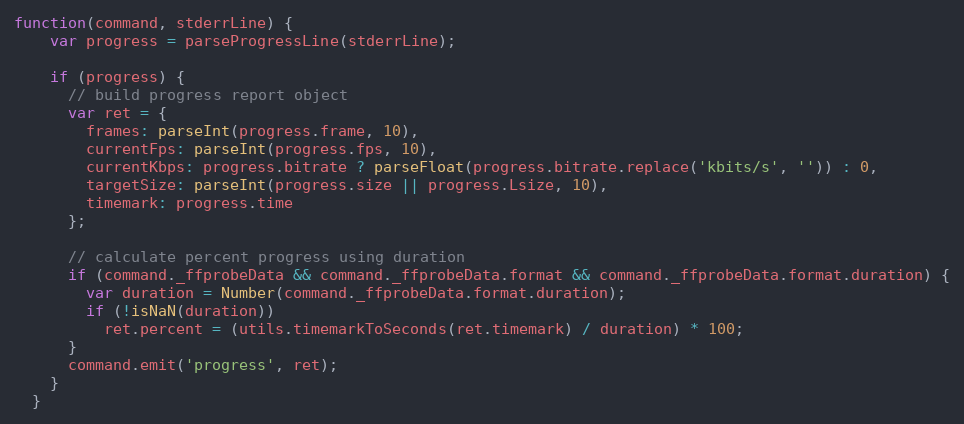
Language: JavaScript
function(command, stderrLine) {
    var progress = parseProgressLine(stderrLine);

    if (progress) {
      // build progress report object
      var ret = {
        frames: parseInt(progress.frame, 10),
        currentFps: parseInt(progress.fps, 10),
        currentKbps: progress.bitrate ? parseFloat(progress.bitrate.replace('kbits/s', '')) : 0,
        targetSize: parseInt(progress.size || progress.Lsize, 10),
        timemark: progress.time
      };

      // calculate percent progress using duration
      if (command._ffprobeData && command._ffprobeData.format && command._ffprobeData.format.duration) {
        var duration = Number(command._ffprobeData.format.duration);
        if (!isNaN(duration))
          ret.percent = (utils.timemarkToSeconds(ret.timemark) / duration) * 100;
      }
      command.emit('progress', ret);
    }
  }